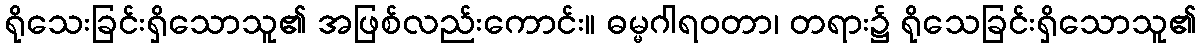
ရိုသေးခြင်းရှိသောသူ၏ အဖြစ်လည်းကောင်း။ ဓမ္မဂါရဝတာ၊ တရား၌ ရိုသေခြင်းရှိသောသူ၏